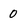
Character: 0